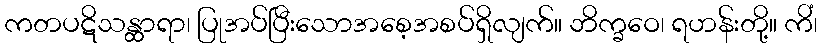
ကတပဋိသန္ထာရာ၊ ပြုအပ်ပြီးသောအစေ့အစပ်ရှိလျက်။ ဘိက္ခဝေ၊ ရဟန်းတို့။ ကိံ၊